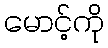
မောင့်ကို